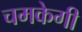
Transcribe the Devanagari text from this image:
चमकेगी